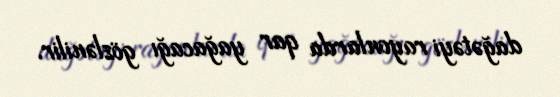
dağətəyi rayonlarda qar yağacağı gözlənilir.